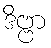
ဒိဗ္ဗာ